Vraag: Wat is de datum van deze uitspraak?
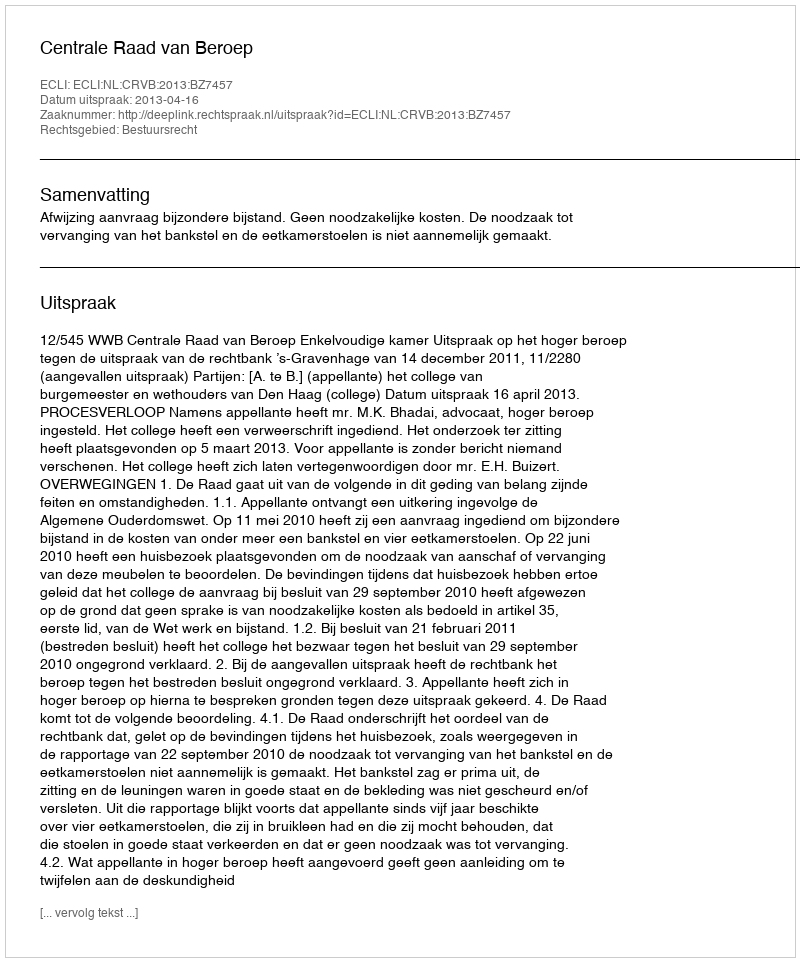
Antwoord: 2013-04-16